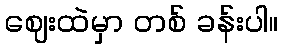
ဈေးထဲမှာ တစ် ခန်းပါ။